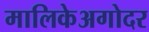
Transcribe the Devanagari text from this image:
मालिकेअगोदर